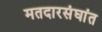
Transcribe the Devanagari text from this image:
मतदारसंघांत